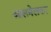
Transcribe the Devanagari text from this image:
आलमेलकर